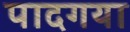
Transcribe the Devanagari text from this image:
पादगया